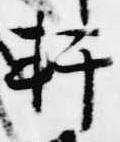
軒